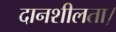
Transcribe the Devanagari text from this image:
दानशीलता।